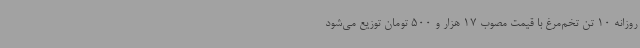
روزانه 10 تن تخم‌مرغ با قیمت مصوب 17 هزار و 500 تومان توزیع می‌شود